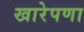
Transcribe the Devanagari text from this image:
खारेपणा